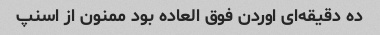
ده دقیقه‌ای اوردن فوق العاده بود ممنون از اسنپ